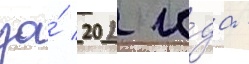
за́ 202 го́да -